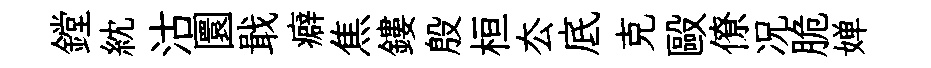
鏜紞沽圜戢癖焦鏤殷桓厺底克毆僚况脆婵